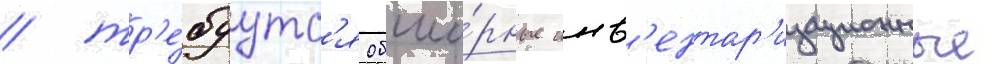
/ тр'е́буутс'я обши́рные инв'ентар'изационные